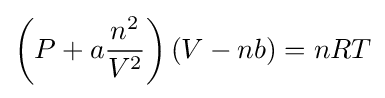
\left(P+a{\frac {n^{2}}{V^{2}}}\right)(V-nb)=nRT